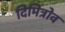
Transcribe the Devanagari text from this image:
दिमित्रोव